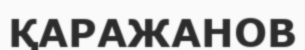
ҚАРАЖАНОВ